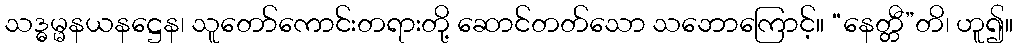
သဒ္ဓမ္မနယနဋ္ဌေန၊ သူတော်ကောင်းတရားတို့ ဆောင်တတ်သော သဘောကြောင့်။ “နေတ္တီ”တိ၊ ဟူ၍။